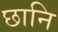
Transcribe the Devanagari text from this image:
छानि